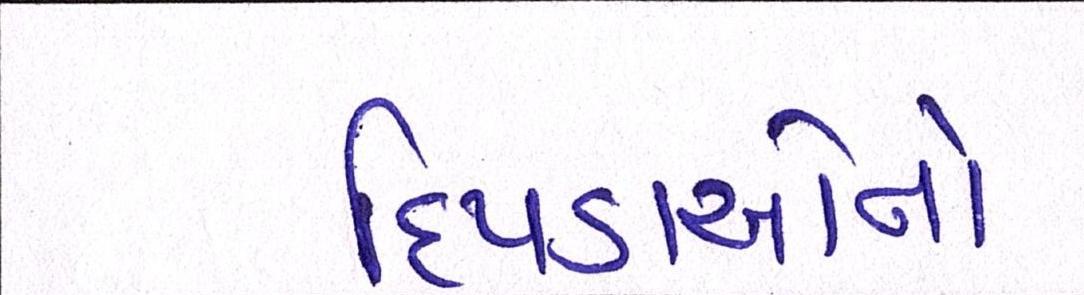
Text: દિપડાઓનો